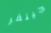
جينفر